Vana-Antsla_vallavalitsus, lk 20
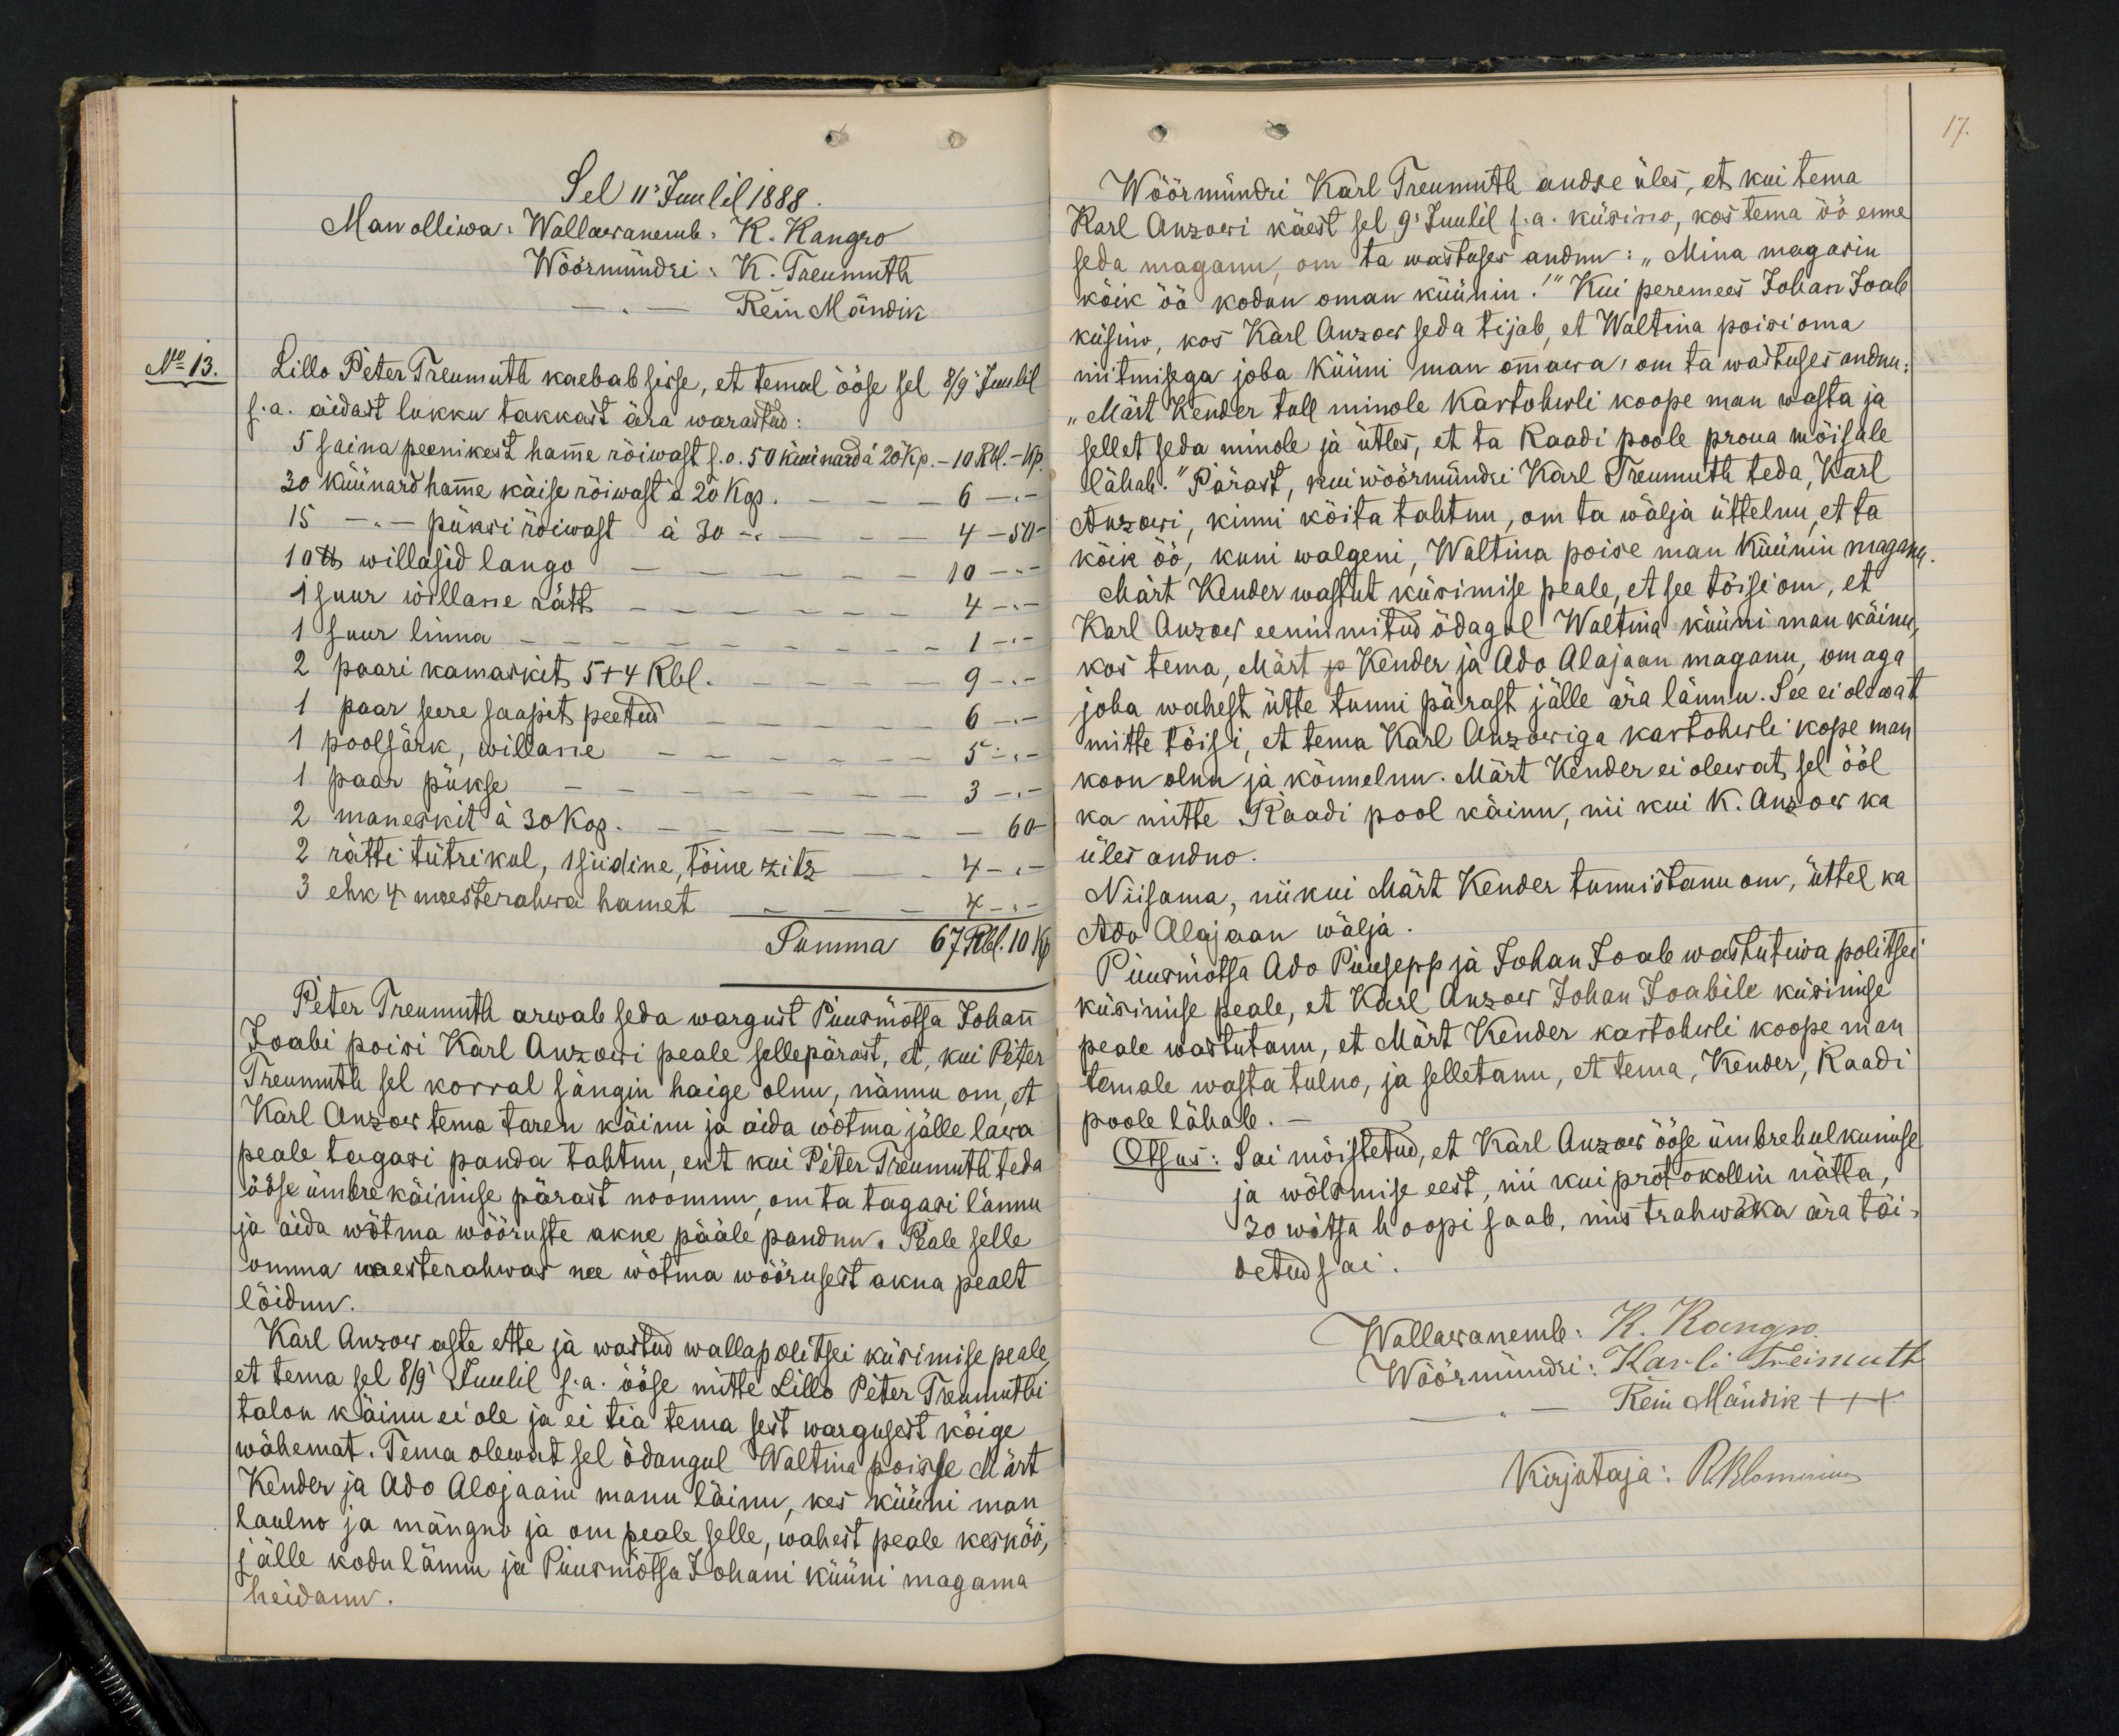
Sel 11 Juulil 1888.
Man olliwa: Wallawanemb. K. Kangro
Wöörmündri: K. Treumuth.
Rein Mändik
No 13.
Lillo Peter Treumuti kaebab sisse, et temal ööse sel 8/9 Juulil
s.a. aidast lukku takkast ära warastud:
5 saina peenikest hamme rõiwast s.o. 50 küünard à 20 kp. - 10 Rbl. - Kp.
30 küünard hamme käise rõiwast à 20 kop. - 6 -,-
15 - " - püksi rõiwast à 30 - - - 4 - 50
10 lb willasid lango - - - 10 -
1 suur willane rätt - - - 4 -
1 suur linna - - - - - 1 -
2 paari kamaskit 5+4 Rbl. - - 9 -
1 paar seere saapit peetud - - 6 -
1 poolsärk, willane - - - - 5 -
1 paar pükse 30 kop.
2 maneskit à 30 kop. - - - 60
2 rätti tütrikul, 1 siidine, tõine zits - 4-,-
3 ehk 4 meesterahwa hamet
Summa 67 Rbl. 10 k.
Peter Treumuth arwab seda wargust Puusmõtsa Johann
Joabi poisi Karl Anzowi peale sellepärast, et, kui Peter
Treumuth sel korral sängin haige olnu, nännu om, et
Karl Anzow tema taren käinu ja aida wõtma jälle lawa
peale tagasi panda tahtnu, ent kui Peter Treumuth teda
ööse ümbre käimise pärast noomnu, om ta tagasi lännu
ja aida wõtma wõõruste akne pääle pandnu. Peale selle
omma naesterahwas nee wõtma wõõrusest akna pealt
löidnu.
Karl Anzow aste ette ja wastud wallapolitsei küsimise peale,
et tema sel 8/9 Juulil s.a. ööse mitte Lillo Peter Treumuthi
talon käinu ei ole ja ei tia tema sest wargusest kõige
wähemat. Tema olewat sel õdangul Waltina poisse Märt
Kender ja Ado Alojaani manu läinu, kes küüni man-
laulno ja mängno ja om peale selle, wahest peale kesköö,
jälle kodu lännu ja Puurmõtsa Johani küüni magama
heidanu.

17.
Wöörmündri Karl Treumuth andse üles, et kui tema
Karl Anzowi käest sel 9 Juulil s.a. küsino, kas tema öö enne
seda maganu, om ta wastuses andnu: "Mina magasin
kõik öö kodun oman küünin!" Kui peremees Johan Joab
küsino, kos Karl Anzow seda tijab, et Waltina poisi oma
niitmisega joba küüni man ommawa, om ta wastuses andnu:
"Märt Kender tall minole kartohwli koope man wasta ja
sellet seda minole ja ütles, et ta Raadi poole proua mõisale
lähab." Pärast, kui wöörmündri Karl Treumuth teda, Karl
Anzowi, kinni köita tahtnu, om ta wälja üttelnu, et ta
kõik öö, kuni walgeni, Waltina poise man küünin maganu.
Märt Kender wastut küsimise peale, et see tõisi om, et
Karl Anzow eennimitud õdagul Waltina küüni man käinud,
kos tema, Märt ja Kender ja Ado Alajaan maganu, om aga
joba wahest ütte tunni pärast jälle ära lännu. See ei olewat
mitte töisi, et tema Karl Anzowiga kartohwli kope man
koon olnu ja kõnnelnu. Märt Kender ei olewat sel ööl
ka mitte Raadi pool käinu, nii kui K. Anzow ka
üles andno.
Niisama, niikui Märt Kender tunnistanu om, üttel ka
Ado Alajaan wälja
Puurmõtsa Ado Puusepp ja Johan Joab wastutiwa politsei
küsimise peale, et Karl Anzow Johan Joabile küsimise
peale wastutanu, et Märt Kender kartohwli koope man
temale wasta tulno, ja selletanu, et tema, Kender, Raadi
poole läheb.
Otsus: Sai mõistetud, et Karl Anzow ööse ümbrehulkumise
ja wõlsmise eest, nii kui protokollin nätta,
30 witsa hoopi saab, mis trahw ka ära täi-
detud sai.
Wallawanemb: K. Kangro
Wöörmündri: Karli Treimuth
" - Rein Mändik XXX
Kirjutaja: R. Blombrius